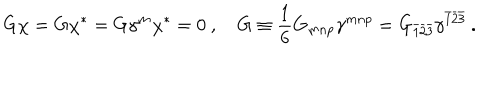
LaTeX: G \chi = G \chi ^ { * } = G \gamma ^ { m } \chi ^ { * } = 0 \ , \quad G \equiv \frac { 1 } { 6 } G _ { m n p } \gamma ^ { m n p } = G _ { \bar { 1 } \bar { 2 } \bar { 3 } } \gamma ^ { \bar { 1 } \bar { 2 } \bar { 3 } } \ .